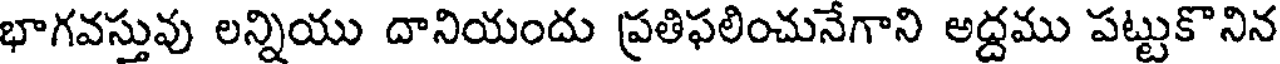
భాగవస్తువు లన్నియు దానియందు ప్రతిఫలించునేగాని అద్దము పట్టుకొనిన